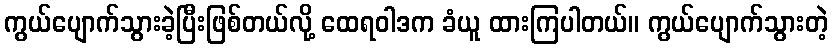
ကွယ်ပျောက်သွားခဲ့ပြီးဖြစ်တယ်လို့ ထေရဝါဒက ခံယူ ထားကြပါတယ်။ ကွယ်ပျောက်သွားတဲ့